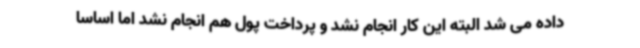
داده می شد البته این کار انجام نشد و پرداخت پول هم انجام نشد اما اساسا